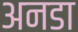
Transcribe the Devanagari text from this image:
अनडा